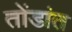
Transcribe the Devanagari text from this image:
तोंडांत